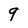
Character: 9